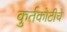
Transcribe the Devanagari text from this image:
कुर्तकोटीचे